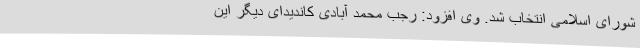
شورای اسلامی انتخاب شد. وی افزود: رجب محمد آبادی کاندیدای دیگر این